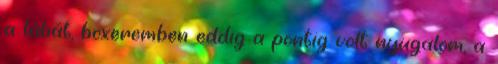
a lábát, boxeremben eddig a pontig volt nyugalom, a